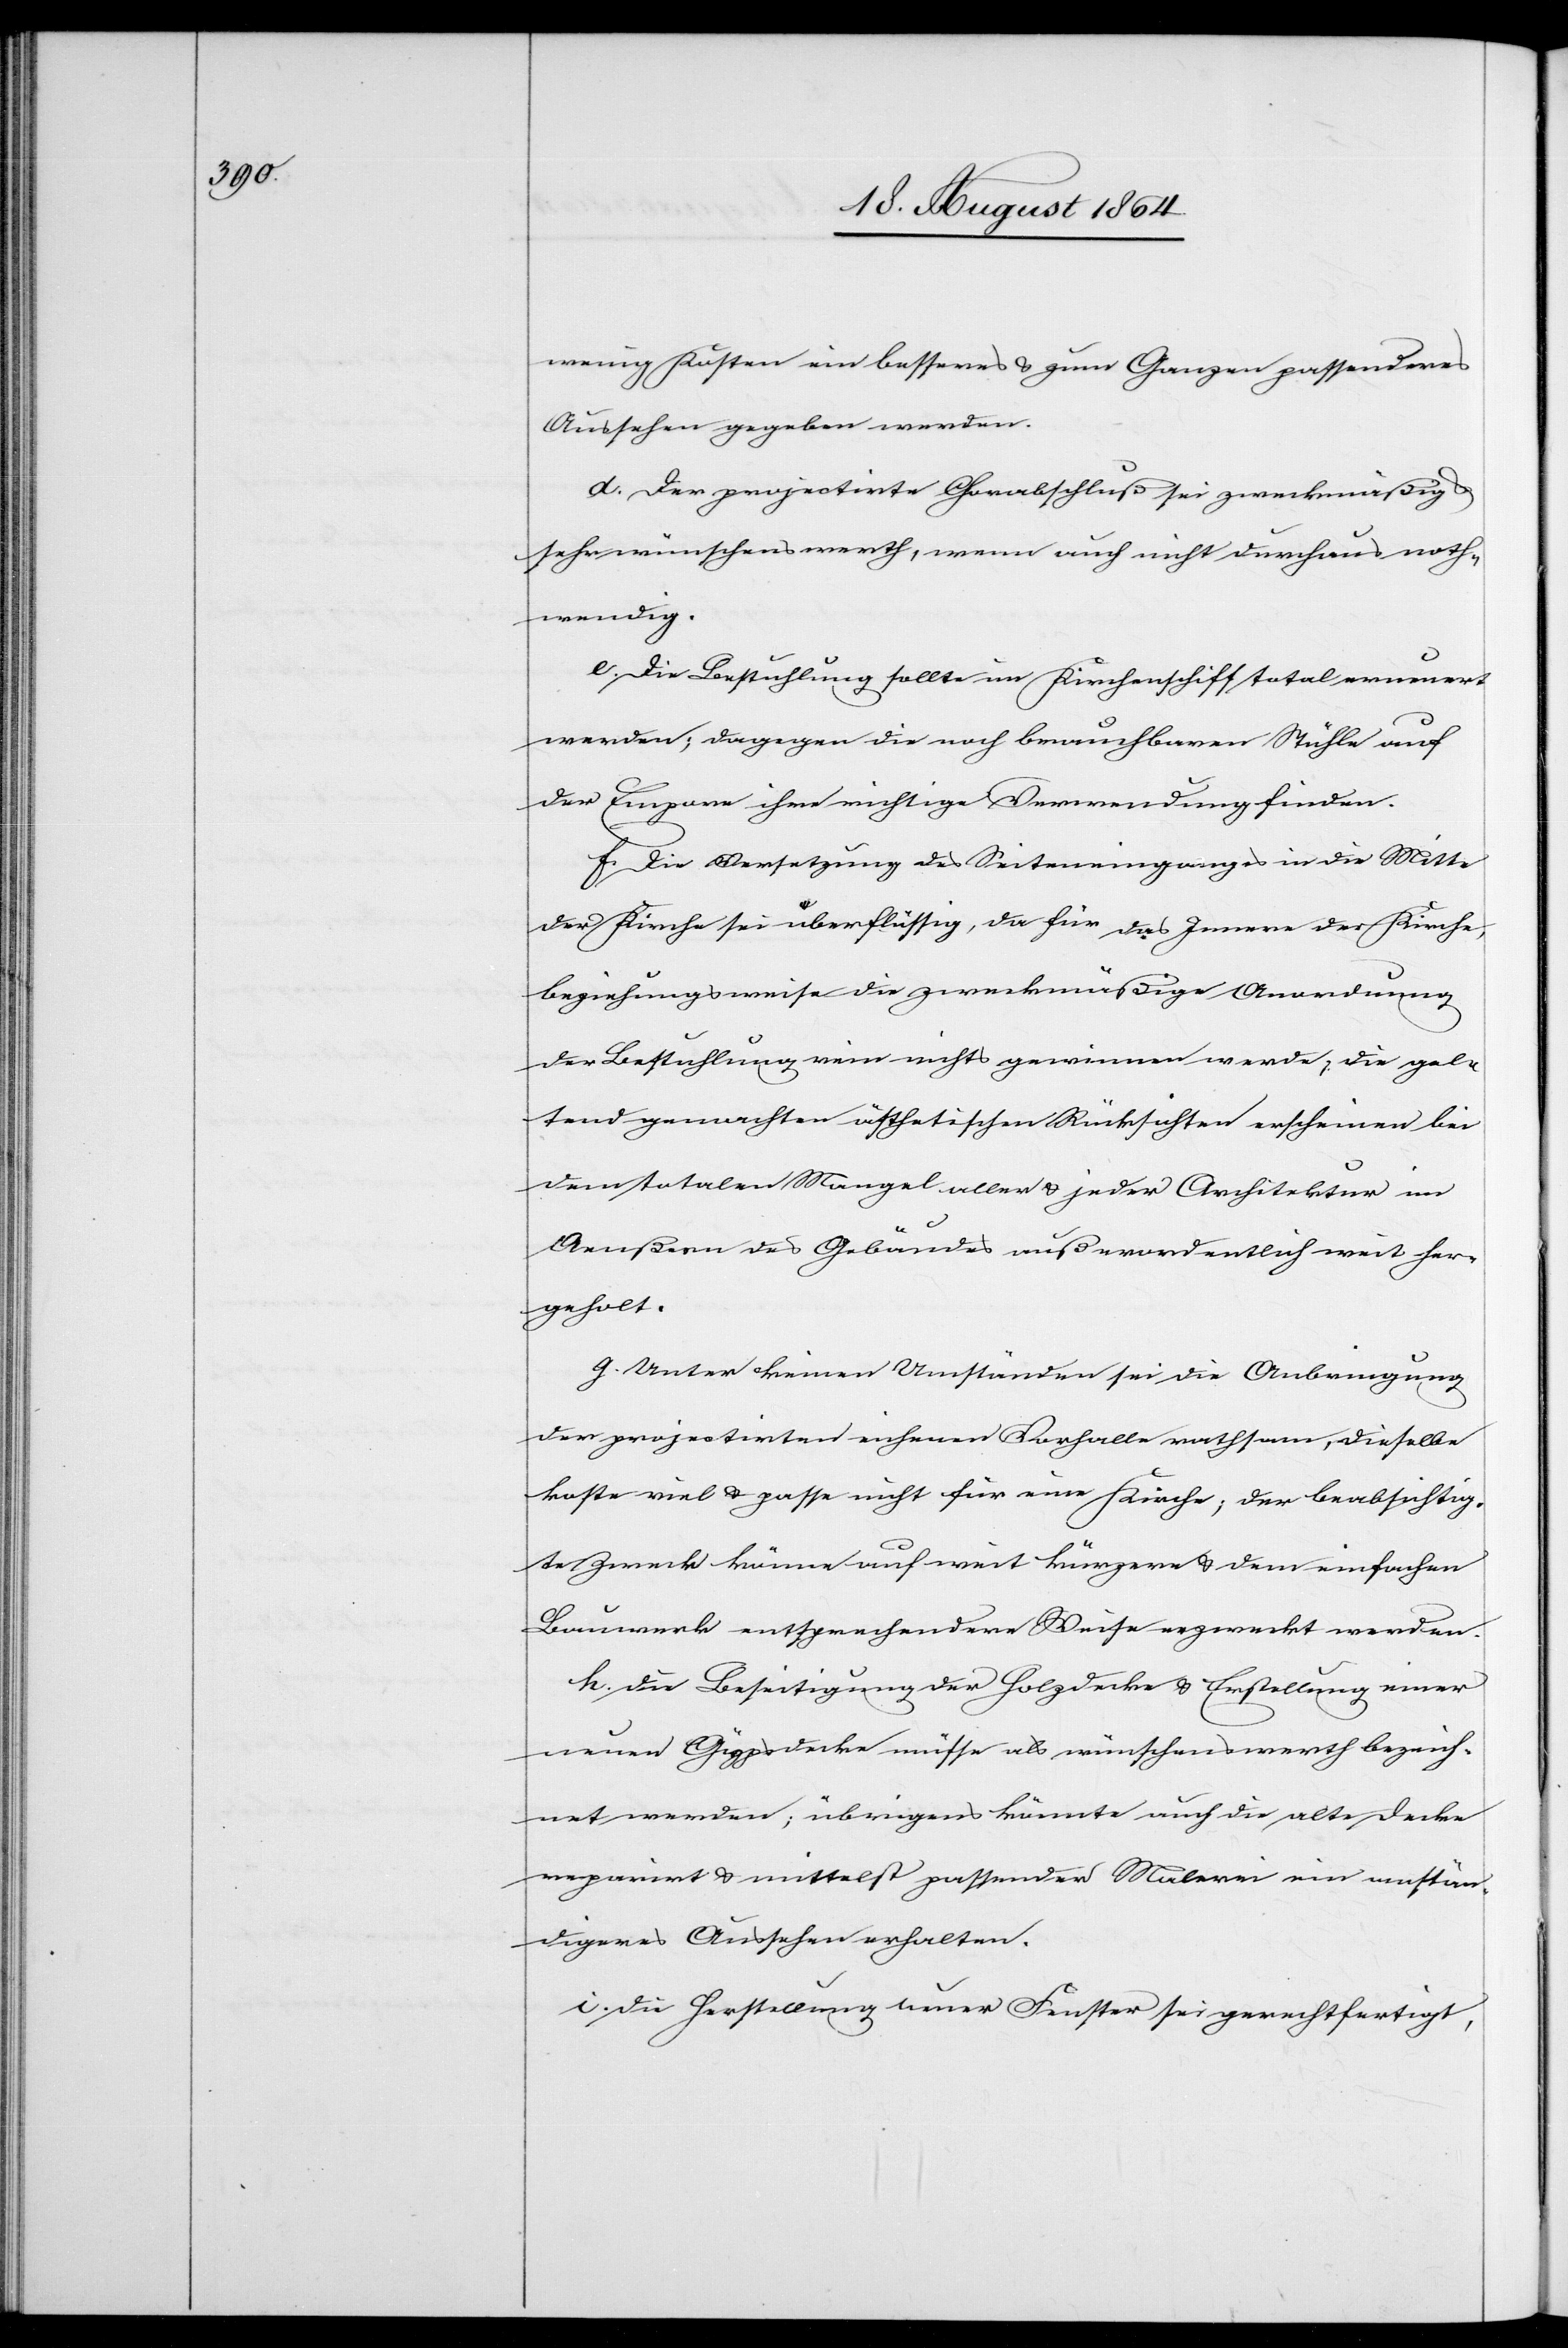
wenig Kosten ein besseres & zum Ganzen passenderes
Aussehen gegeben werden.
d. Der projectirte Chorabschluß sei zweckmäßig &
sehr wünschenswerth, wenn auch nicht durchaus noth¬
wendig.
e. Die Bestuhlung sollte im Kirchenschiff total erneuert
werden; dagegen die noch brauchbaren Stühle auf
der Empore ihre richtige Verwendung finden.
f. Die Versetzung des Seiteneinganges in die Mitte
der Kirche sei überflüssig, da für das Innere der Kirche
beziehungsweise die zweckmäßige Anordnung
der Bestuhlung rein nichts gewinnen werde; die gel¬
tend gemachten ästhetischen Rücksichten erscheinen bei
dem totalen Mangel aller & jeder Architektur im
Aeußern des Gebäudes außerordentlich weit her¬
geholt.
g. Unter keinen Umständen sei die Anbringung
der projectirten eichenen Vorhalle rathsam, dieselbe
koste viel & passe nicht für eine Kirche; der beabsichtig¬
te Zweck könne auf weit kürzere & dem einfachen
Bauwerk entsprechender Weise erzweckt werden.
h. Die Beseitigung der Holzdecke & Erstellung einer
neuen Gypsdecke müsse als wünschenswerth bezeich¬
net werden; übrigens könnte auch die alte Decke
reparirt & mittelst passender Malerei ein anstän¬
digeres Aussehen erhalten.
i. Die Herstellung neuer Fenster sei gerechtfertigt,